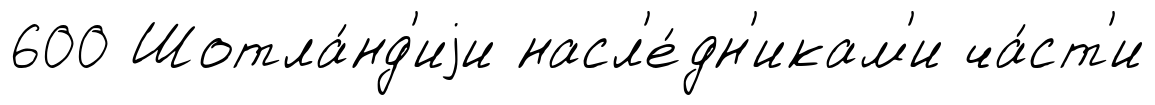
600 Шотла́нд'иjи насл'е́дн'икам'и ча́ст'и